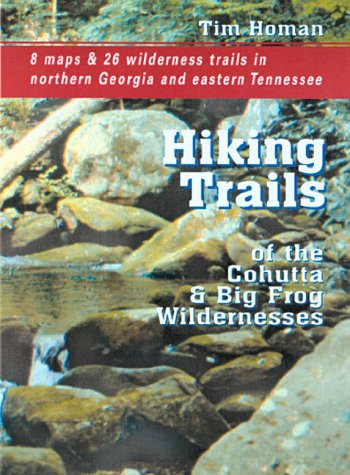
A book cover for The Hiking Trails of the Cohutta and Big Frog Wildernesses; Tim Homan; Travel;